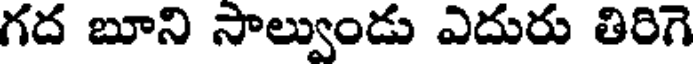
గద బూని సాల్వుండు ఎదురు తిరిగె